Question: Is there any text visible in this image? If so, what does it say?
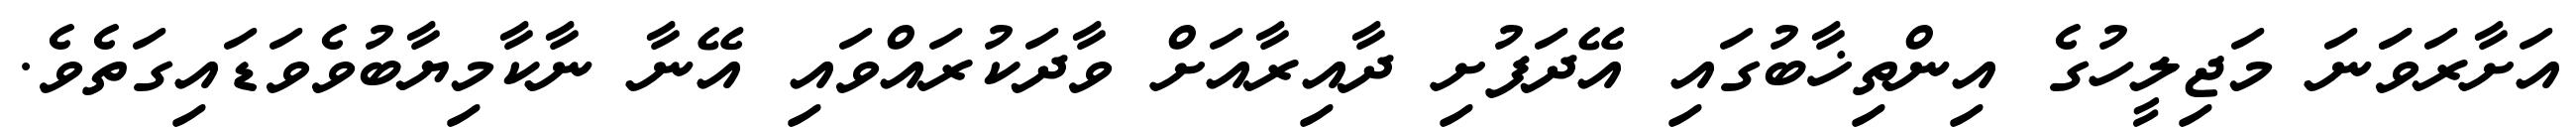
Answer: އަށާރަވަަނަ މަޖިލީހުގެ އިންތިޚާބުގައި އޭދަފުށި ދާއިރާއަށް ވާދަކުރައްވައި އޭނާ ނާކާމިޔާބުވެވަޑައިގަތެވެ.